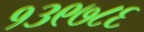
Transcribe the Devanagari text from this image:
१३९७८६